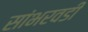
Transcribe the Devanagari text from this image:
सांभरवडी